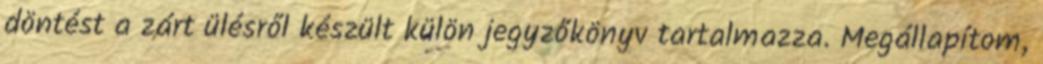
döntést a zárt ülésről készült külön jegyzőkönyv tartalmazza. Megállapítom,